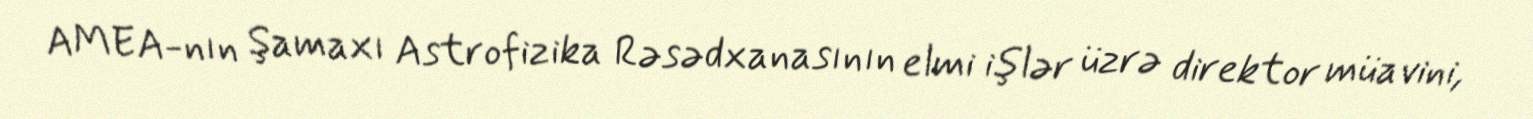
AMEA-nın Şamaxı Astrofizika Rəsədxanasının elmi işlər üzrə direktor müavini,